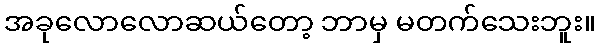
အခုလောလောဆယ်တော့ ဘာမှ မတက်သေးဘူး။